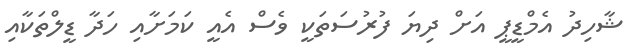
ޝާހިދު އެމްޑީޕީ އަށް ދިޔަ ފުރުސަތަކީ ވެސް އެއީ ކަމަށާއި ހަދާ ޑީލްތަކާއި